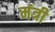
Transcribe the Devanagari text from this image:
मंत्री